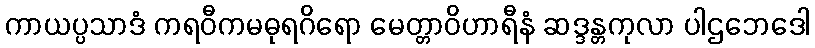
ကာယပ္ပသာဒံ ကရဝီကမဓုရဂိရော မေတ္တာဝိဟာရီနံ ဆဒ္ဒန္တကုလာ ပါဌဘေဒေါ